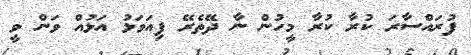
ފުރައްސާރަ ކުރާ ކުރާ މީހުން ނާ ދޭތެރޭ ފިއަވަޅު އަޅުއް ވަން ވީ